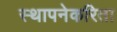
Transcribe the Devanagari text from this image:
स्थापनेकरिता